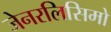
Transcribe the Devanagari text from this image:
जेनरलिसिमो